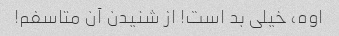
اوه، خیلی بد است! از شنیدن آن متاسفم!